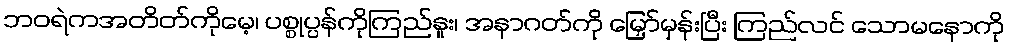
ဘဝရဲကအတိတ်ကိုမေ့၊ ပစ္စုပ္ပန်ကိုကြည်နူး၊ အနာဂတ်ကို မြှော်မှန်းပြီး ကြည်လင် သောမနောကို